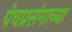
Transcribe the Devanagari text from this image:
पेचप्रसंगाच्या